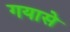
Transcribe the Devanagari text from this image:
गयासे